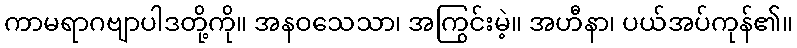
ကာမရာဂဗျာပါဒတို့ကို။ အနဝသေသာ၊ အကြွင်းမဲ့။ အဟီနာ၊ ပယ်အပ်ကုန်၏။